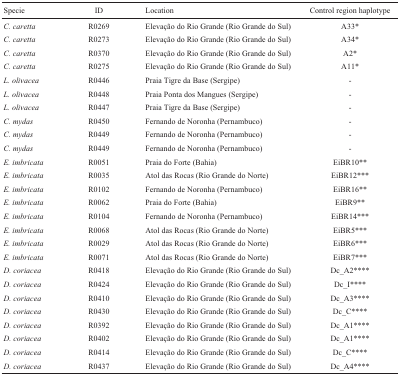
| Specie | ID | Location | Control region haplotype |
 | --- | --- | --- | --- |
 | C. caretta | R0269 | Elevação do Rio Grande (Rio Grande do Sul) | A33* |
 | C. caretta | R0273 | Elevação do Rio Grande (Rio Grande do Sul) | A34* |
 | C. caretta | R0370 | Elevação do Rio Grande (Rio Grande do Sul) | A2* |
 | C. caretta | R0275 | Elevação do Rio Grande (Rio Grande do Sul) | A11* |
 | L. olivacea | R0446 | Praia Tigre da Base (Sergipe) | - |
 | L. olivacea | R0448 | Praia Ponta dos Mangues (Sergipe) | - |
 | L. olivacea | R0447 | Praia Tigre da Base (Sergipe) | - |
 | C. mydas | R0450 | Fernando de Noronha (Pernambuco) | - |
 | C. mydas | R0449 | Fernando de Noronha (Pernambuco) | - |
 | C. mydas | R0449 | Fernando de Noronha (Pernambuco) | - |
 | E. imbricata | R0051 | Praia do Forte (Bahia) | EiBR10** |
 | E. imbricata | R0035 | Atol das Rocas (Rio Grande do Norte) | EiBR12*** |
 | E. imbricata | R0102 | Fernando de Noronha (Pernambuco) | EiBR16** |
 | E. imbricata | R0062 | Praia do Forte (Bahia) | EiBR9** |
 | E. imbricata | R0104 | Fernando de Noronha (Pernambuco) | EiBR14*** |
 | E. imbricata | R0068 | Atol das Rocas (Rio Grande do Norte) | EiBR5*** |
 | E. imbricata | R0029 | Atol das Rocas (Rio Grande do Norte) | EiBR6*** |
 | E. imbricata | R0071 | Atol das Rocas (Rio Grande do Norte) | EiBR7*** |
 | D. coriacea | R0418 | Elevação do Rio Grande (Rio Grande do Sul) | Dc_A2**** |
 | D. coriacea | R0424 | Elevação do Rio Grande (Rio Grande do Sul) | Dc_I**** |
 | D. coriacea | R0410 | Elevação do Rio Grande (Rio Grande do Sul) | Dc_A3**** |
 | D. coriacea | R0430 | Elevação do Rio Grande (Rio Grande do Sul) | Dc_C**** |
 | D. coriacea | R0392 | Elevação do Rio Grande (Rio Grande do Sul) | Dc_A1**** |
 | D. coriacea | R0402 | Elevação do Rio Grande (Rio Grande do Sul) | Dc_A1**** |
 | D. coriacea | R0414 | Elevação do Rio Grande (Rio Grande do Sul) | Dc_C**** |
 | D. coriacea | R0437 | Elevação do Rio Grande (Rio Grande do Sul) | Dc_A4**** |